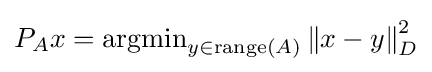
{\textstyle P_{A}x=\operatorname {argmin} _{y\in \operatorname {range} (A)}\left\|x-y\right\|_{D}^{2}}